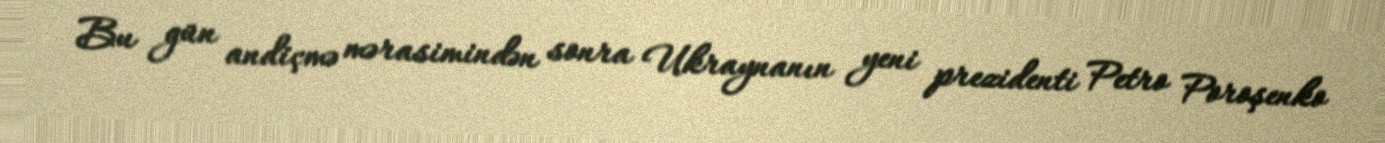
Bu gün andiçmə mərasimindən sonra Ukraynanın yeni prezidenti Petro Poroşenko